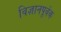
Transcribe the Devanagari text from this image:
विज्ञानपूर्वक